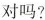
对吗？